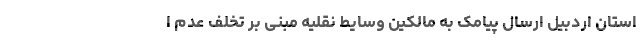
استان اردبیل ارسال پیامک به مالکین وسایط نقلیه مبنی بر تخلف عدم ا